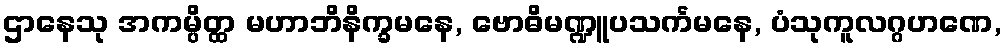
ဌာနေသု အကမ္ပိတ္ထ မဟာဘိနိက္ခမနေ, ဗောဓိမဏ္ဍူပသင်္ကမနေ, ပံသုကူလဂ္ဂဟဏေ,